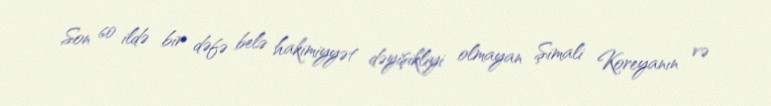
Son 60 ildə bir dəfə belə hakimiyyət dəyişikliyi olmayan Şimali Koreyanın və